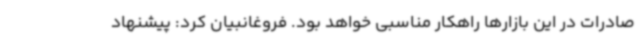
صادرات در این بازارها راهکار مناسبی خواهد بود. فروغانبیان کرد: پیشنهاد